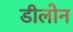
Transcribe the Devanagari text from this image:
डीलोन